Report on sanitation, dispensaries, and jails in Rajputana for 1918, and on vaccination for the year 1918-1919 - 1918-1919
Year: 1918
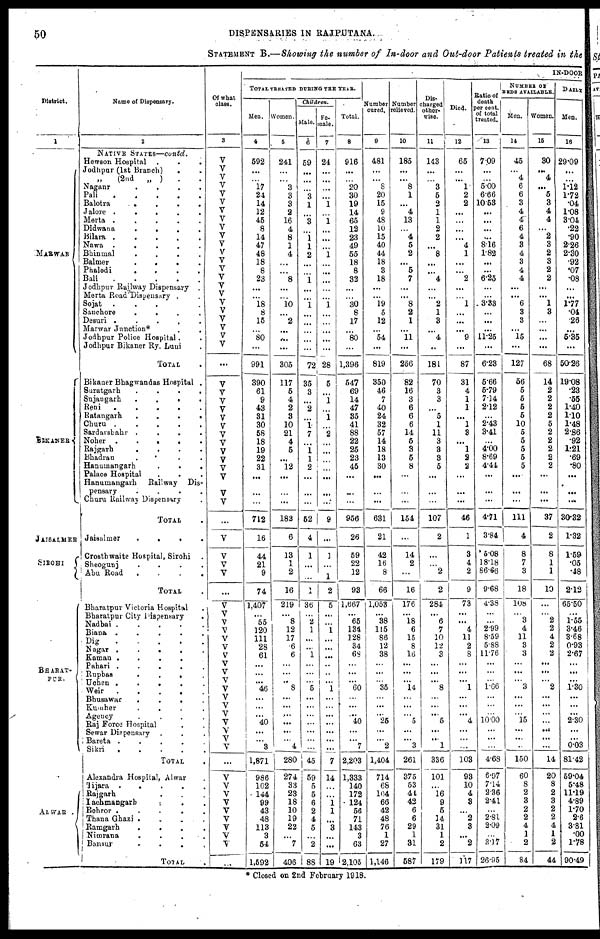
50
DISPENSARIES IN RAJPUTANA.
STATEMENT B.—Showing the number of In-door and Out-door Patients treated in the
District.
1
MARWAR
BIKANER
JAISALMER
SIROHI
BHARAT¬
PUR.
ALWAR
Name of Dispensary.
2
NATIVE STATES—cuntd.
Hewson Hospital . . .
Jodhpur (1st Branch) . .
„
(2nd
„ )
. .
Nagaur
.
.
.
.
Pali
.
.
.
.
.
Balotra
.
.
.
.
Jalore
.
. . . .
Merta .
.
.
.
.
Didwana
.
.
.
.
Bilara .
.
.
.
.
Nawa .
.
.
.
.
Bhinmal
.
.
.
.
Balmer
.
.
.
.
Phalodi
.
.
.
.
Bali
.
.
.
.
.
Jodhpur Railway Dispensary .
Merta Road Dispensary . .
Sojat
.
.
. .
Sanchore
.
.
.
.
Desuri .
.
.
.
.
Marwar Junction*
.
.
Jodhpur Police Hospital. .
Jodhpur Bikaner Ry. Luni .
TOTAL .
Bikaner Bhagwandas Hospital .
Suratgarh
.
.
.
.
Sujaugarh
.
.
.
.
Reni
.
.
.
.
.
Ratangarh
. . . .
Churu .
.
.
.
.
Sardarshahr
. . . .
Noher
.
. . . .
Rajgarh
.
.
.
.
Bhadran
. . . .
Hanumangarh
.
.
.
Palace Hospital
.
.
Hanumangarh Railway Dis-
pensary . . . .
Churu Railway Dispensary .
TOTAL .
Jaisalmer
.
.
.
.
Crosthwaite Hospital, Sirohi .
Sheogunj
. . . .
Abu Road
. . . .
TOTAL .
Bharatpur Victoria Hospital .
Bharatpur City Dispensary .
Nadbi . . . . . .
Biana . . . . .
Dig . . . . .
Nagar . . . . .
Kaman .
.
.
.
Pahari
.
. . . .
Rupbas
.
.
.
.
Uchen . . . . .
Weir
.
.
.
.
.
Bhusawar
.
.
.
.
Kumher
. . . .
Agency . . . .
Raj Force Hospital . .
Sewar Dispensary . . .
Bareta . . . . .
Sikri . . . . .
TOTAL .
Alexandra Hospital, Alwar .
Tijara .
.
.
. .
Rajgarh . . .
Iachmangarh . . .
Behror .
.
.
.
Thana Ghazi . . . .
Ramgarh . . . .
Nimrana . . . .
Bansur . . . .
TOTAL .
Of what
class.
3
V
V
V
V
V
V
V
V
V
V
V
V
V
V
V
V
V
V
V
V
V
V
V
...
V
V
V
V
V
V
V
V
V
V
V
V
V
V
...
V
V
V
V
...
V
V
V
V
V
V
V
V
V
V
V
V
V
V
V
V V
V
...
V
V
V
V
V
V
V
V
V
...
IN-DOOR
TOTAL TREATED DURING THE YEAR.
Men.
4
592
...
...
17
21
14
12
45
8
14
47
48
18
8
23
...
...
18
8
15
...
80
...
991
390
61
9
43
31
30
58
18
19
22
31
...
...
...
712
16
44
21
9
74
1,407
... 55
120
111
28
61
...
...
... 46
...
...
... 40
...
... 3
1,871
986
102
144
99
43
48
113
3
54
1,592
Women.
5
241
...
...
3
3
3
2
116
4
8
1
4
...
...
8
...
...
10
...
2
...
...
...
305
117
5
4
2
3
10
21
4
5
...
12
...
...
...
183
6
13
1
2
16
219
... 8
12
17
6
6
...
...
... 8
...
...
...
...
...
... 4
280
274
33
23
18
10
19
22
...
7
406
Children.
Male.
6
59
...
...
...
3
1
...
3
...
1
1
2
...
...
1
...
...
1
...
...
...
...
...
72
35
3
...
2
...
1
7
...
1
1
2
...
...
...
52
4
1
...
...
1
36
... 2
1
...
...
1
...
...
... 5
...
...
...
...
...
...
...
45
59
5
5
6
2
4
5
...
2
88
Fe¬
male.
7
24
...
...
...
...
1
...
1
...
...
...
1
...
...
...
...
...
1
...
...
...
...
...
28
5
...
1
...
1
...
2
...
...
...
...
...
...
...
9
...
1
...
1
2
5
...
...
1
...
...
...
...
...
... 1
...
...
...
...
...
...
...
7
14
...
...
1
1
...
3
...
...
19
Total.
8
916
...
...
20
30
19
14
65
12
23
49
55
18
8
33
...
...
30
8
17
...
80
...
1,396
547
69
14
47
35
41
88
22
25
23
45
...
...
...
956
26
59
22
12
93
1,667
... 65
134
128
34
68
...
...
... 60
...
...
... 40
...
... 7
2,203
1,333
140
172
124
56
71
143
3
63
2,105
Number
cured.
9
481
...
... 8
20
15
9
48
10
15
40
44
18
3
18
...
...
19
5
12
...
54
...
819
350
46
7
40
24
32
57
14
18
13
30
...
...
...
631
21
42
16
8
66
1,053
... 38
115
86
12
38
...
...
... 35
...
...
... 25
...
... 2
1,404
714
68
104
66
42
48
76
1
27
1,146
Number
relieved.
10
185
...
... 8
1
...
4
13
...
4
5
2
...
5
7
...
...
8
2
1
...
11
...
256
82
16
3
6
6
6
14
6
3
5
8
...
...
...
154
...
14
2
...
16
176
... 18
6
15
8
16
...
...
... 14
...
...
... 5
...
... 3
261
375
53
44
42
6
6
29
1
31
687
Dis¬
charged
other-
wise.
11
143
...
... 3
5
2
1
1
2
2
...
8
...
...
4
...
...
2
1
3
...
4
...
181
70
3
3
...
5
1
11
3
3
3
5
...
...
...
107
2
...
...
2
2
284
... 6
7
10
12
3
...
...
... 8
...
...
... 5
...
... 1
336
101
...
16
9
5
14
31
1
2
179
Died.
12
65
...
... 1
2
2
...
...
...
...
4
1
...
...
2
...
...
1
...
...
...
9
...
87
31
4
1
1
...
1
8
...
1
2
2
...
...
...
46
1
3
4
2
9
73
...
...
4
11
2
8
...
...
... 1
...
...
... 4
...
... ...
103
98
10
4
8
...
2
3
...
2
117
Ratio of
death
per cent.
of total
treated.
13
7.09
...
...
5.00
6.66
10.53
...
...
...
...
8.16
1.82
...
...
6.25
...
...
3.33
...
...
...
11.25
...
6.28
5.66
5.79
7.14
2.12
...
2.43
3.41
...
4.00
8.69
4.41
...
...
...
4.71
3.84
5.08
18.18
86.66
9.68
4.38
...
...
2.99
8.59
5.88
11.76
...
...
...
1.66
...
...
... 10.00
...
...
...
4.68
6.97
7.14
2.36
2.41
...
2.81
2.09
...
3.17
26.95
NUMBER OF
BEDS AVAILABLS.
Men.
14
45
...
4
6
6
3
4
4
6
4
8
4
3
4
4
...
...
6
3
3
...
15
...
127
56
5
5
5
5
10
5
5
5
5
5
...
...
...
111
4
8
7
3
18
108
... 3
4
11
3
3
...
...
... 3
...
...
... 15
...
...
...
150
60
8
2
3
2
2
4
1
2
84
Women.
15
30
...
4
...
5
3
4
4
...
2
3
2
3
2
2
...
...
1
3
...
...
...
...
68
14
2
2
2
2
5
2
2
2
2
2
...
...
...
37
2
8
1
1
10
...
... 2
2
4
2
2
...
...
... 2
...
...
...
...
...
...
...
14
20
8
2
3
2
2
4
1
2
44
DAILY
Men.
16
29.09
...
...
1.12
1.72
.04
1.08
3.04
.22
.90
2.26
2.30
.92
.07
.08
...
...
1.77
.04
.26
...
5.35
...
50.26
19.08
.23
.55
1.40
1.10
1.48
2.86
.92
1.21
.69
.80
...
...
...
30.32
1.32
1.59
.05
.48
2.12
65.50
... 1.55
3.46
3.68
0.93
2.67
...
...
...
1.30
...
...
...
2.30
...
...
0.03
81.42
59.04
5.48
11.19
4.89
1.70
2.6
3.81
.00
1.78
90.49
* Closed on 2nd February 1918.